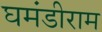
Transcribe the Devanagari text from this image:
घमंडीराम